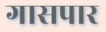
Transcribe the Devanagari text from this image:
गासपार